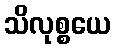
သိလုစ္စယေ